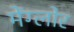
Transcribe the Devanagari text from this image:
मेंग्लोर